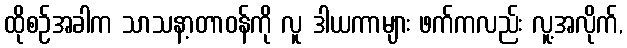
ထိုစဉ်အခါက သာသနာ့တာဝန်ကို လူ ဒါယကာများ ဖက်ကလည်း လူ့အလိုက်,